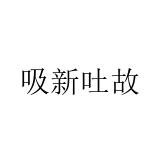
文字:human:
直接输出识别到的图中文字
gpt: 吸新吐故